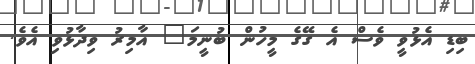
ބިޑި އެޅުވީ ވެސް އެ ގޭގެ މީހުން ބުނީމަ" އާމިރު ވިދާޅުވި އެވެ.